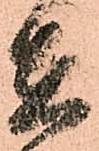
在